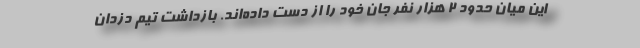
این میان حدود ۲ هزار نفر جان خود را از دست داده‌اند. بازداشت تیم دزدان